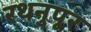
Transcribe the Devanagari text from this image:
रथनुपूर